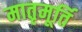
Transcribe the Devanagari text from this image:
मातृमूर्ति